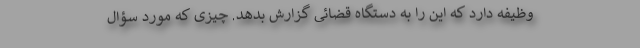
وظیفه دارد که این را به دستگاه قضائی گزارش بدهد. چیزی که مورد سؤال